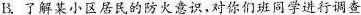
B.了解某小区居民的防火意识，对你们班同学进行调查